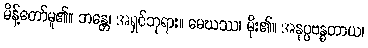
မိန့်တော်မူ၏။ ဘန္တေ၊ အရှင်ဘုရား။ မေဃဿ၊ မိုး၏။ အနုပ္ပဗန္ဓတာယ၊